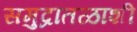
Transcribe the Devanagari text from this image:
समुद्रातळाशी